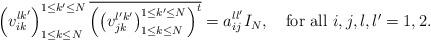
LaTeX: \begin{align*} \left(v^{lk'}_{ i k}\right)_{1 \leq k \leq N}^{1 \leq k'\leq N}\overline{ \left(\left(v^{l'k'}_{jk }\right)_{1 \leq k \leq N}^{1 \leq k'\leq N}\right)^{t}} =a_{ij}^{ll'}I_{N},\quad\mbox{for all $i,j,l,l'=1,2$.} \end{align*}